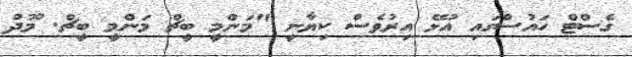
ގެސްޓް ހައުސްގައި އުޅޭ އިރުވެސް ކިޔާނީ "މަންމީ ބީޗް މަންމީ ބީޗް. މޫދު